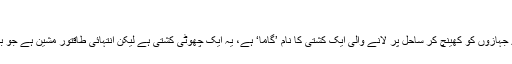
‘
یہ امر بھی قابل ذکر ہے کہ پاکستان بحریہ کی ایک ٹگنگ بوٹ یعنی بڑے بڑے جہازوں کو کھینچ کر ساحل پر لانے والی ایک کشتی کا نام ’گاما‘ ہے، یہ ایک چھوٹی کشتی ہے لیکن انتہائی طاقتور مشین ہے جو بلاشبہ گاما پہلوان کے طرح چھوٹے قد لیکن طاقت ور جسامت کی یاد دلاتی ہے۔